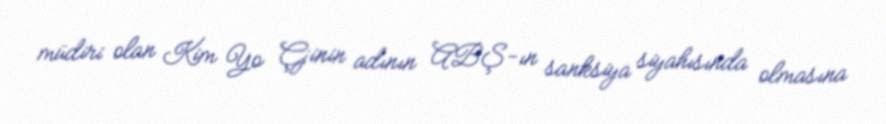
müdiri olan Kim Yo Çjinin adının ABŞ-ın sanksiya siyahısında olmasına